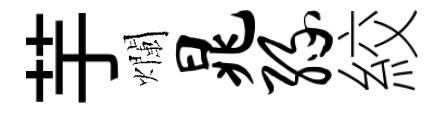
芋爛晁缘絞